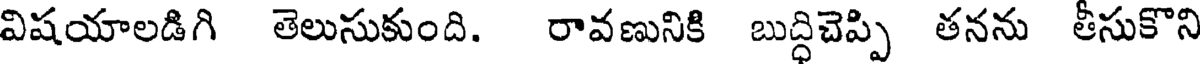
విషయాలడిగి తెలుసుకుంది. రావణునికి బుద్ధిచెప్పి తనను తీసుకొని